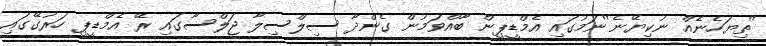
''ތިޔަހެނެއް ނުކިޔޭނެ''ނަމުގައި އެމްޑީޕީން ބާއްވަމުން ގެންދާ ސިލްސިލާ ޖަލްސާގައި ރޭ އެމްޑީޕީ ހަރުގޭގައި